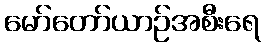
မော်တော်ယာဉ်အစီးရေ